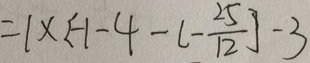
= 1 \times [ - 1 - 4 - ( - \frac { 2 5 } { 1 2 } ) ] - 3